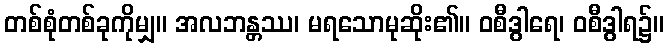
တစ်စုံတစ်ခုကိုမျှ။ အလဘန္တဿ၊ မရသောမုဆိုး၏။ ဝစီဒွါရေ၊ ဝစီဒွါရ၌။